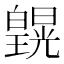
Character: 皩